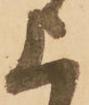
上